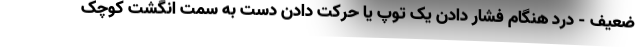
ضعیف - درد هنگام فشار دادن یک توپ یا حرکت دادن دست به سمت انگشت کوچک